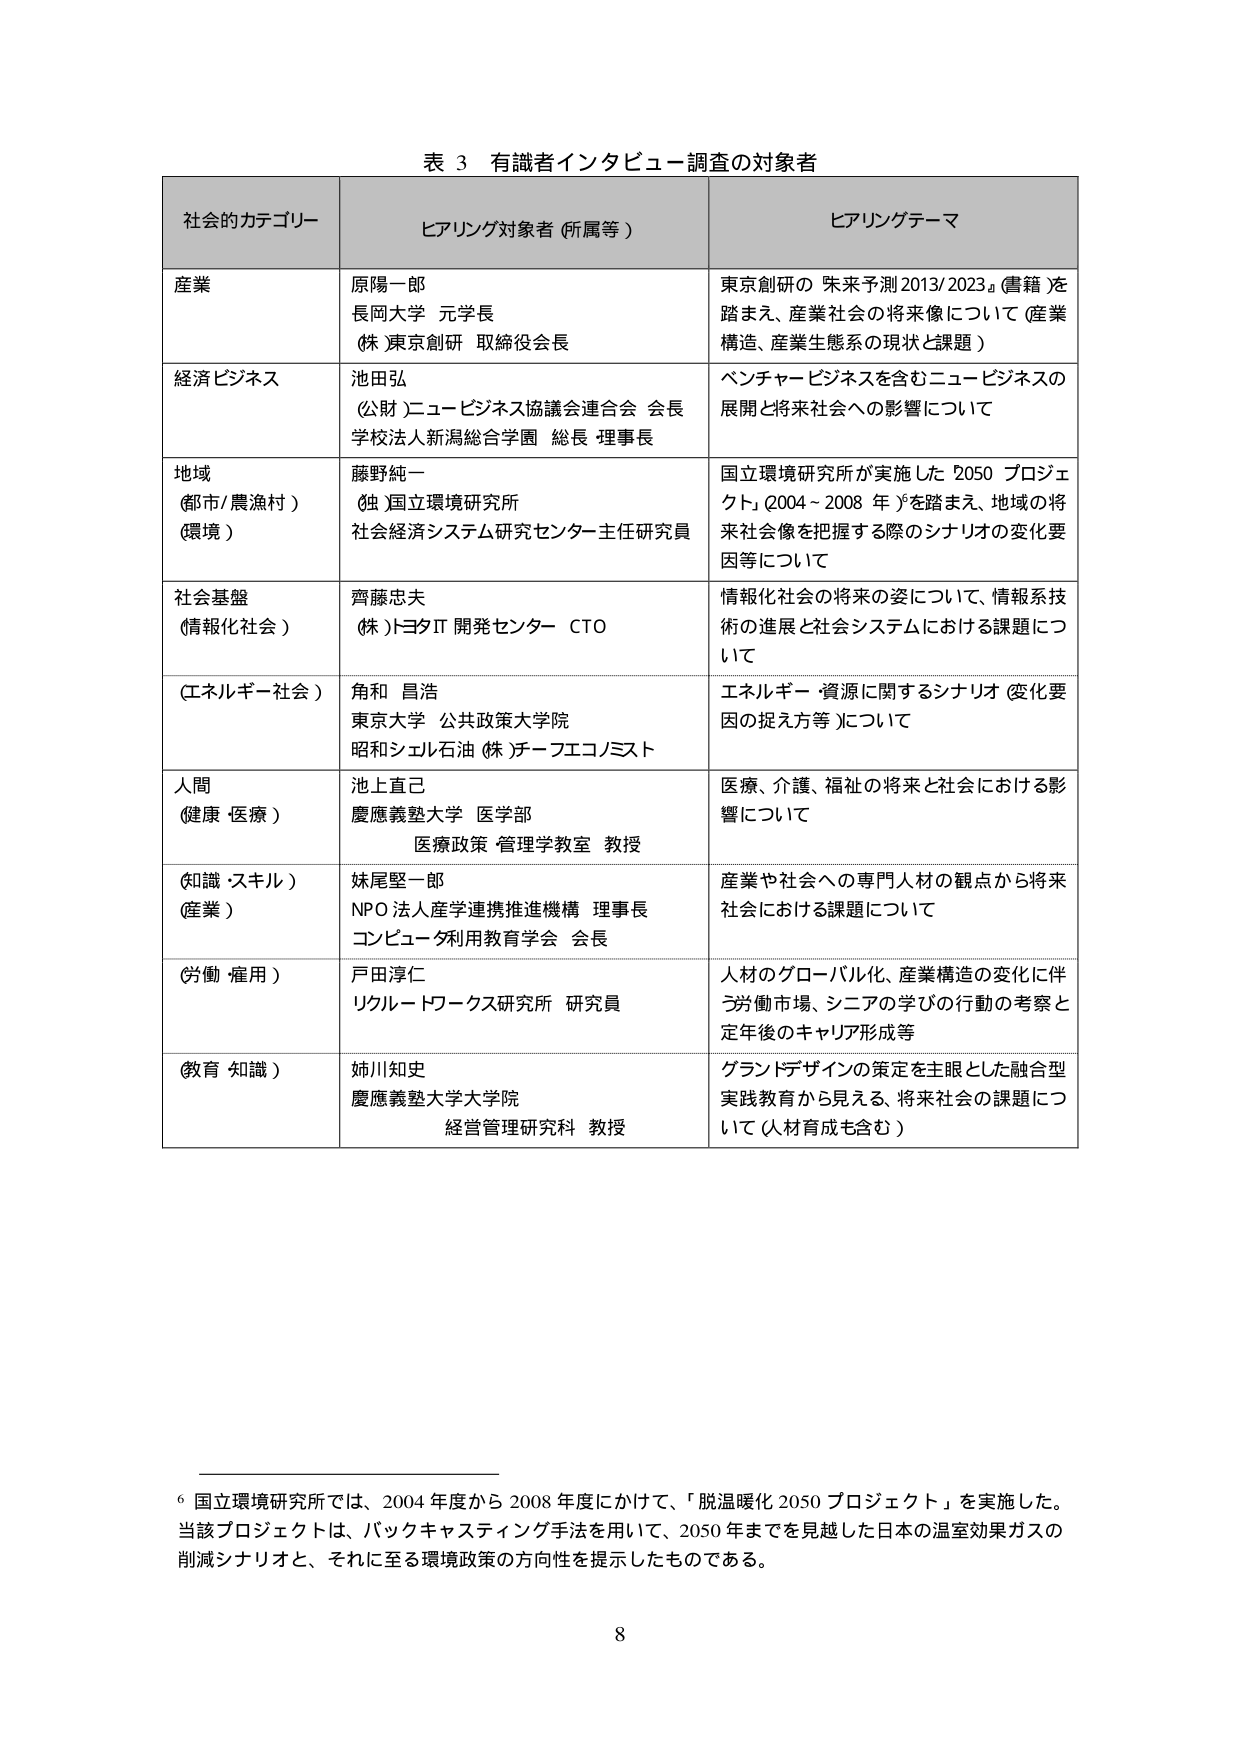
表 3 有識者インタビュー調査の対象者

社会のカテゴリー ヒアリング対象者（所属等） ヒアリングテーマ

産業 原陽一郎 長岡大学 元学長 （株）東京創研 取締役会長 東京創研の「未来予測2013/2023」（書籍）を踏まえ、産業社会の将来像について（産業構造、産業生態系の現状と課題）

経済ビジネス 池田弘 （公財）ニュービジネス協議会連合会 会長 学校法人新潟総合学園 総長・理事長 ベンチャービジネスを含むニュービジネスの展開と将来社会への影響について

地域 （都市/農漁村） （環境） 藤野純一 （独）国立環境研究所 社会経済システム研究センター 主任研究員 国立環境研究所が実施した「2050 プロジェクト」（2004～2008 年）を踏まえ、地域の将来社会像を把握する際のシナリオの変化要因等について

社会基盤 （情報化社会） 齊藤忠夫 （株）トヨタIT 開発センター CTO 情報化社会の将来の姿について、情報系技術の進展と社会システムにおける課題について

（エネルギー社会） 角和 昌浩 東京大学 公共政策大学院 昭和シェル石油（株）チーフエコノミスト エネルギー・資源に関するシナリオ（変化要因の捉え方等）について

人間 （健康・医療） 池上直己 慶應義塾大学 医学部 医療政策・管理学教室 教授 医療、介護、福祉の将来と社会における影響について

（知識・スキル） （産業） 妹尾堅一郎 NPO 法人産学連携推進機構 理事長 コンピュータ利用教育学会 会長 産業や社会への専門人材の観点から将来社会における課題について

（労働・雇用） 戸田淳仁 リクルートワークス研究所 研究員 人材のグローバル化、産業構造の変化に伴う労働市場、シニアの学びの行動の考察と定年後のキャリア形成等

（教育・知識） 姉川知史 慶應義塾大学大学院 経営管理研究科 教授 グランドデザインの策定を主眼とした融合型実践教育から見える、将来社会の課題について（人材育成も含む）

6 国立環境研究所では、2004 年度から 2008 年度にかけて、「脱温暖化 2050 プロジェクト」を実施した。当該プロジェクトは、バックキャスティング手法を用いて、2050 年までを見越した日本の温室効果ガスの削減シナリオと、それに至る環境政策の方向性を提示したものである。

8